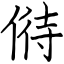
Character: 偫